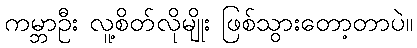
ကမ္ဘာဦး လူ့စိတ်လိုမျိုး ဖြစ်သွားတော့တာပဲ။